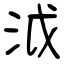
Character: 泧